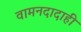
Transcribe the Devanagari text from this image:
वामनदादाही